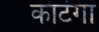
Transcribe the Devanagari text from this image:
काटंगा